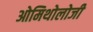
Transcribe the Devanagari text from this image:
ओमिथोलोजी